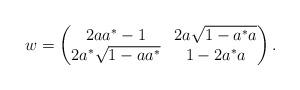
LaTeX: \begin{align*}w=\begin{pmatrix}2aa^{*}-1 & 2a\sqrt{1-a^{*}a}\\2a^{*}\sqrt{1-aa^{*}} & 1-2a^{*}a\end{pmatrix} .\end{align*}